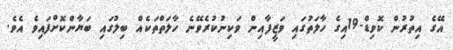
އޭގެ އިތުރުން ކޮވިޑް-19އިގެ ހާލަތުގައި ވަޒީފާއިން ވަކިނުކުރެވޭނެ ހާލަތްތަކެއް ބިލުގައި ބަޔާންކޮށްފައިވެ އެވެ.